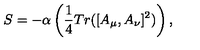
S = - \alpha \left( \frac { 1 } { 4 } T r ( [ A _ { \mu } , A _ { \nu } ] ^ { 2 } ) \right) ,